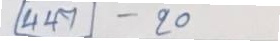
447 - 20